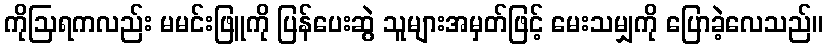
ကိုဩရကလည်း မမင်းဖြူကို ပြန်ပေးဆွဲ သူများအမှတ်ဖြင့် မေးသမျှကို ပြောခဲ့လေသည်။